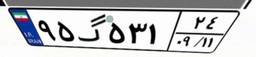
۷۸گ۶۲۵۶۹